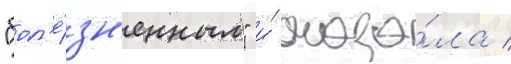
"бол'е́зн'енным" и́ сказа́ла /